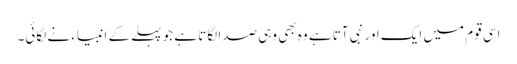
اسی قوم میں ایک اور نبی آتا ہے وہ بھی وہی صدا لگاتا ہے جو پہلے کے انبیاء نے لگائی۔